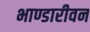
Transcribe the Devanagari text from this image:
भाण्डारीवन